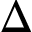
\Delta